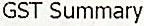
GST SUMMARY